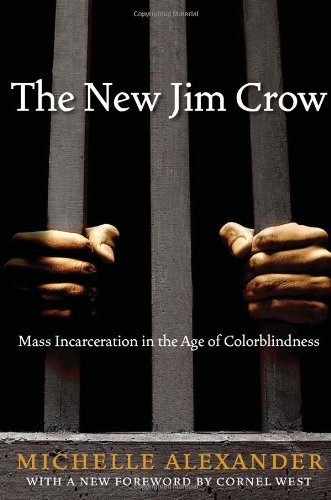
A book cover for The New Jim Crow:  Mass Incarceration in the Age of Colorblindness; Michelle Alexander; History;